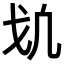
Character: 𢦕